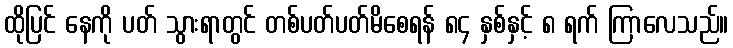
ထိုပြင် နေကို ပတ် သွားရာတွင် တစ်ပတ်ပတ်မိစေရန် ၈၄ နှစ်နှင့် ၈ ရက် ကြာလေသည်။